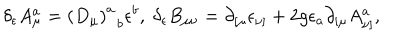
LaTeX: \delta _ { \epsilon } A _ { \mu } ^ { a } = \left( D _ { \mu } \right) _ { \; \; b } ^ { a } \epsilon ^ { b } , \; \delta _ { \epsilon } B _ { \mu \nu } = \partial _ { \left[ \mu \right. } \epsilon _ { \left. \nu \right] } + 2 g \epsilon _ { a } \partial _ { \left[ \mu \right. } A _ { \left. \nu \right] } ^ { a } ,